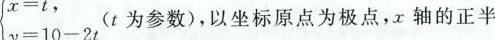
$$\left\{ \begin{matrix} x=t, \\ y=10-2t \\ \end{matrix} \right.$$ 为参数)，以坐标原点为极点，x轴的正半